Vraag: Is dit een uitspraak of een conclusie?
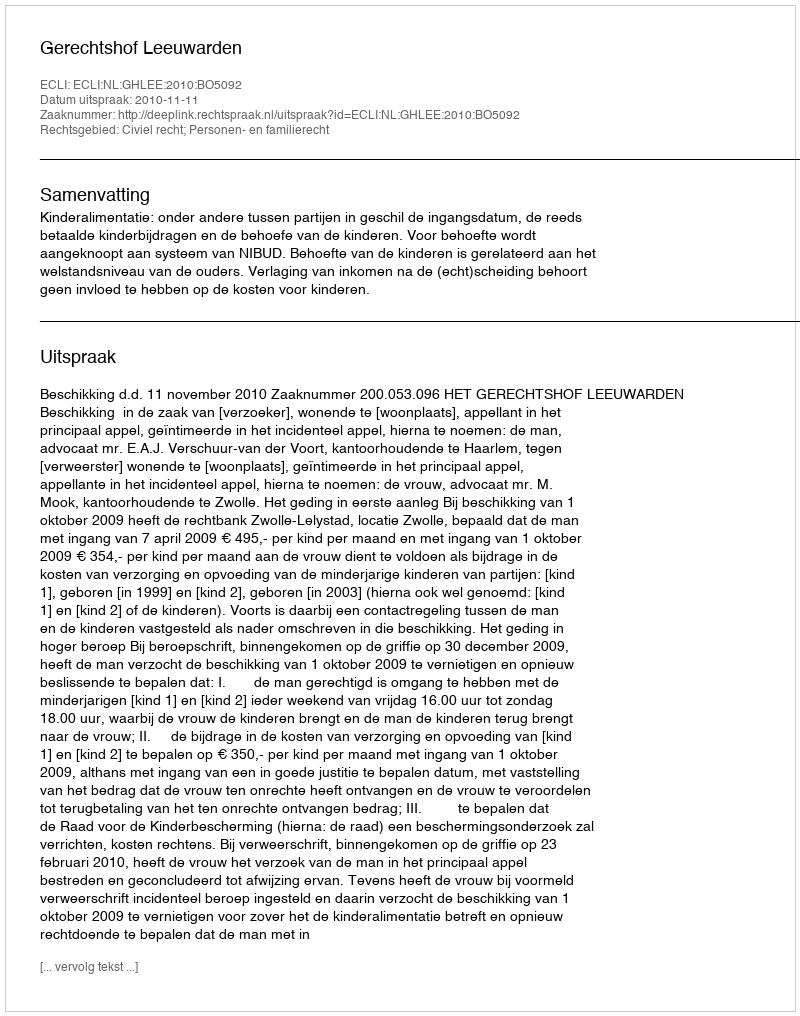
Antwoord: Uitspraak